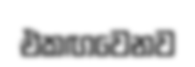
එකඟවෙනව